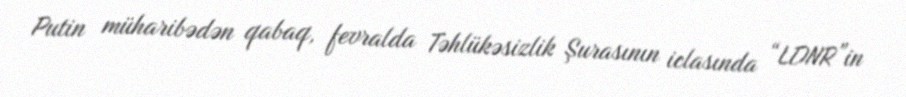
Putin müharibədən qabaq, fevralda Təhlükəsizlik Şurasının iclasında “LDNR”in